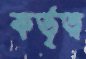
কর্তৃত্ব